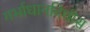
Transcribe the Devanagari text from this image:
गर्भाधानविधीस